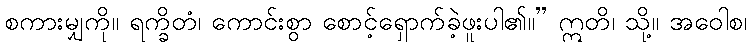
စကားမျှကို။ ရက္ခိတံ၊ ကောင်းစွာ စောင့်ရှောက်ခဲ့ဖူးပါ၏။” ဣတိ၊ သို့။ အဝေါစ၊